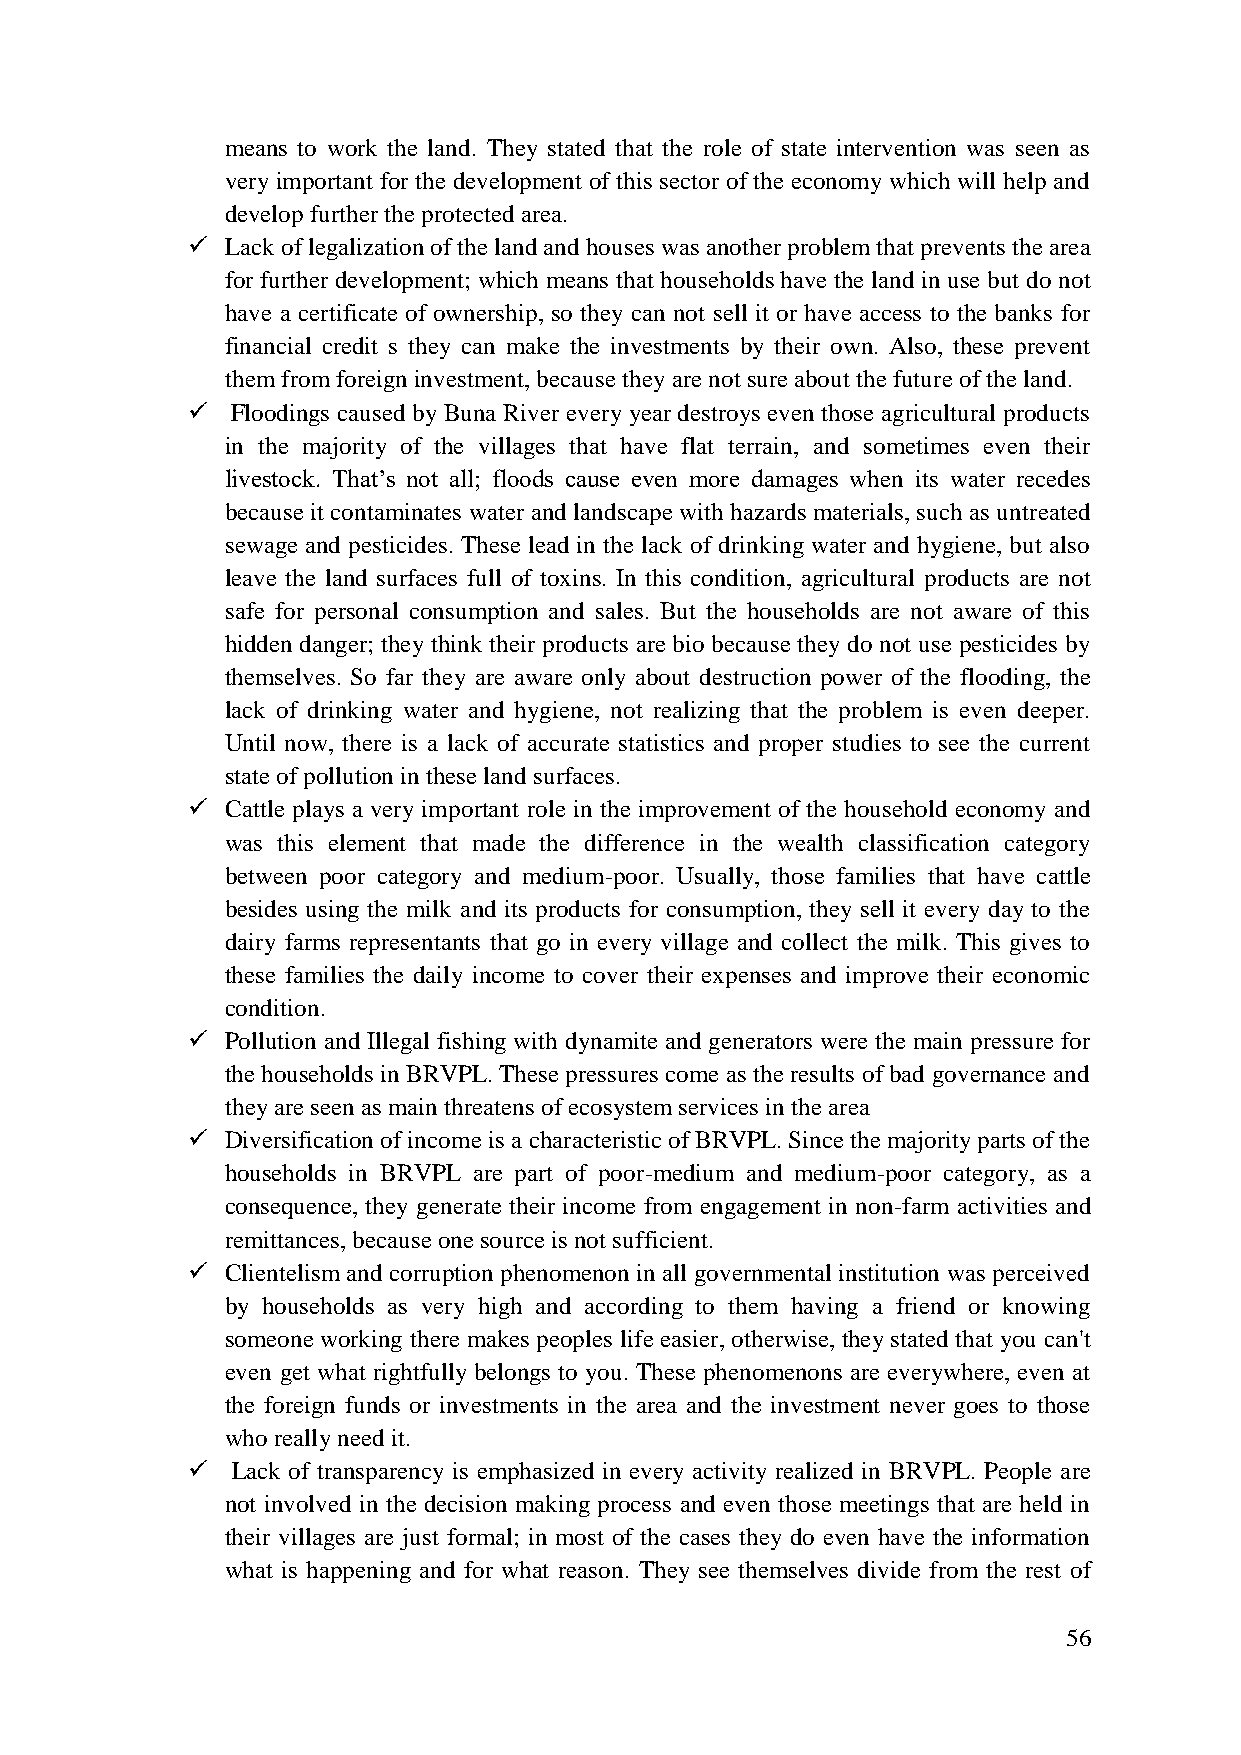
means to work the land. They stated that the role of state intervention was seen as
 very important for the development of this sector of the economy which will help and
 develop further the protected area.
   Lack of legalization of the land and houses was another problem that prevents the area
 for further development; which means that households have the land in use but do not
 have a certificate of ownership, so they can not sell it or have access to the banks for
 financial credit s they can make the investments by their own. Also, these prevent
 them from foreign investment, because they are not sure about the future of the land.
   Floodings caused by Buna River every year destroys even those agricultural products
 in the majority of the villages that have flat terrain, and sometimes even their
 livestock. That‟s not all; floods cause even more damages when its water recedes
 because it contaminates water and landscape with hazards materials, such as untreated
 sewage and pesticides. These lead in the lack of drinking water and hygiene, but also
 leave the land surfaces full of toxins. In this condition, agricultural products are not
 safe for personal consumption and sales. But the households are not aware of this
 hidden danger; they think their products are bio because they do not use pesticides by
 themselves. So far they are aware only about destruction power of the flooding, the
 lack of drinking water and hygiene, not realizing that the problem is even deeper.
 Until now, there is a lack of accurate statistics and proper studies to see the current
 state of pollution in these land surfaces.
   Cattle plays a very important role in the improvement of the household economy and
 was this element that made the difference in the wealth classification category
 between poor category and medium-poor. Usually, those families that have cattle
 besides using the milk and its products for consumption, they sell it every day to the
 dairy farms representants that go in every village and collect the milk. This gives to
 these families the daily income to cover their expenses and improve their economic
 condition.
   Pollution and Illegal fishing with dynamite and generators were the main pressure for
 the households in BRVPL. These pressures come as the results of bad governance and
 they are seen as main threatens of ecosystem services in the area
   Diversification of income is a characteristic of BRVPL. Since the majority parts of the
 households in BRVPL are part of poor-medium and medium-poor category, as a
 consequence, they generate their income from engagement in non-farm activities and
 remittances, because one source is not sufficient.
   Clientelism and corruption phenomenon in all governmental institution was perceived
 by households as very high and according to them having a friend or knowing
 someone working there makes peoples life easier, otherwise, they stated that you can't
 even get what rightfully belongs to you. These phenomenons are everywhere, even at
 the foreign funds or investments in the area and the investment never goes to those
 who really need it.
   Lack of transparency is emphasized in every activity realized in BRVPL. People are
 not involved in the decision making process and even those meetings that are held in
 their villages are just formal; in most of the cases they do even have the information
 what is happening and for what reason. They see themselves divide from the rest of
 56